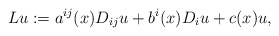
\begin{align*}Lu:=a^{ij}(x)D_{ij}u+b^i(x) D_iu+c(x)u,\end{align*}